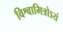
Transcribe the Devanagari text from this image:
विश्वामित्रोऽयं